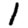
Digit: 1